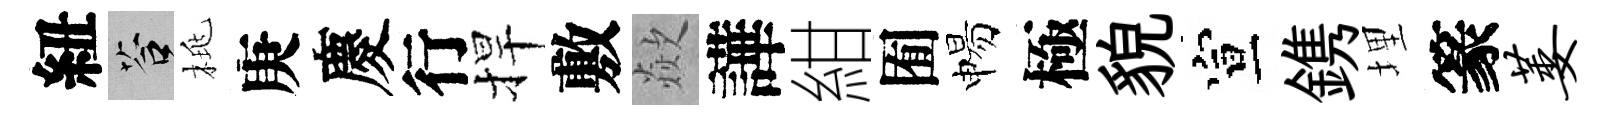
紐答桃庚慶行捍敷歘譁紺囿惕極貌宣鎸埋篆萎